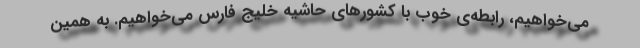
می‌خواهیم، رابطه‌ی خوب با کشورهای حاشیه خلیج فارس می‌خواهیم. به همین